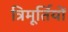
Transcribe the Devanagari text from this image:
त्रिमूर्तियों